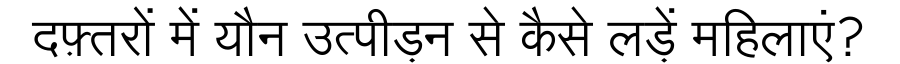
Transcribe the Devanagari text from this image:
दफ़्तरों में यौन उत्पीड़न से कैसे लड़ें महिलाएं?